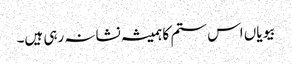
بیویاں اس ستم کا ہمیشہ نشانہ رہی ہیں۔